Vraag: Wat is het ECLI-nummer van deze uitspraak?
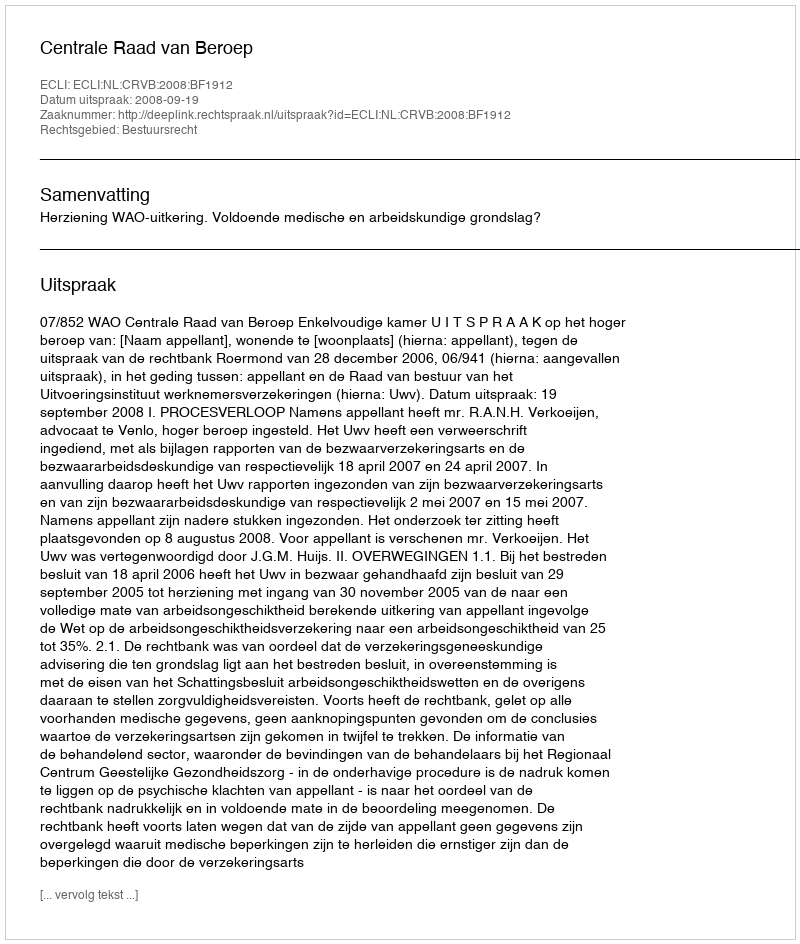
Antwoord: ECLI:NL:CRVB:2008:BF1912